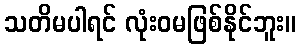
သတိမပါရင် လုံးဝမဖြစ်နိုင်ဘူး။